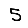
Digit: 5